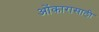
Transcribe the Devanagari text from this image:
ओंकारासाठी